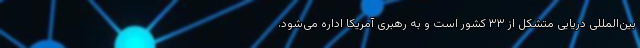
بین‌المللی دریایی متشکل از ۳۳ کشور است و به رهبری آمریکا اداره می‌شود.